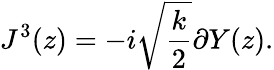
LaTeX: J^{3}(z)=-i\sqrt{\frac{k}{2}}\partial Y(z).